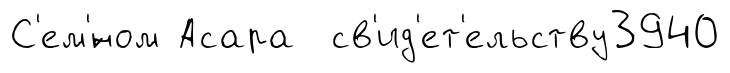
С'ем'́ном Асара св'ид'ет'ельству3940